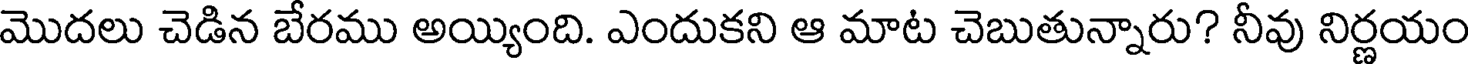
మొదలు చెడిన బేరము అయ్యింది. ఎందుకని ఆ మాట చెబుతున్నారు? నీవు నిర్ణయం